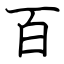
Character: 百